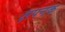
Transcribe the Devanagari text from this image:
क्षपनक